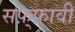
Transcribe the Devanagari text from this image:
सफ़्फ़ावी